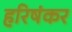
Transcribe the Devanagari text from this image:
हरिषंकर